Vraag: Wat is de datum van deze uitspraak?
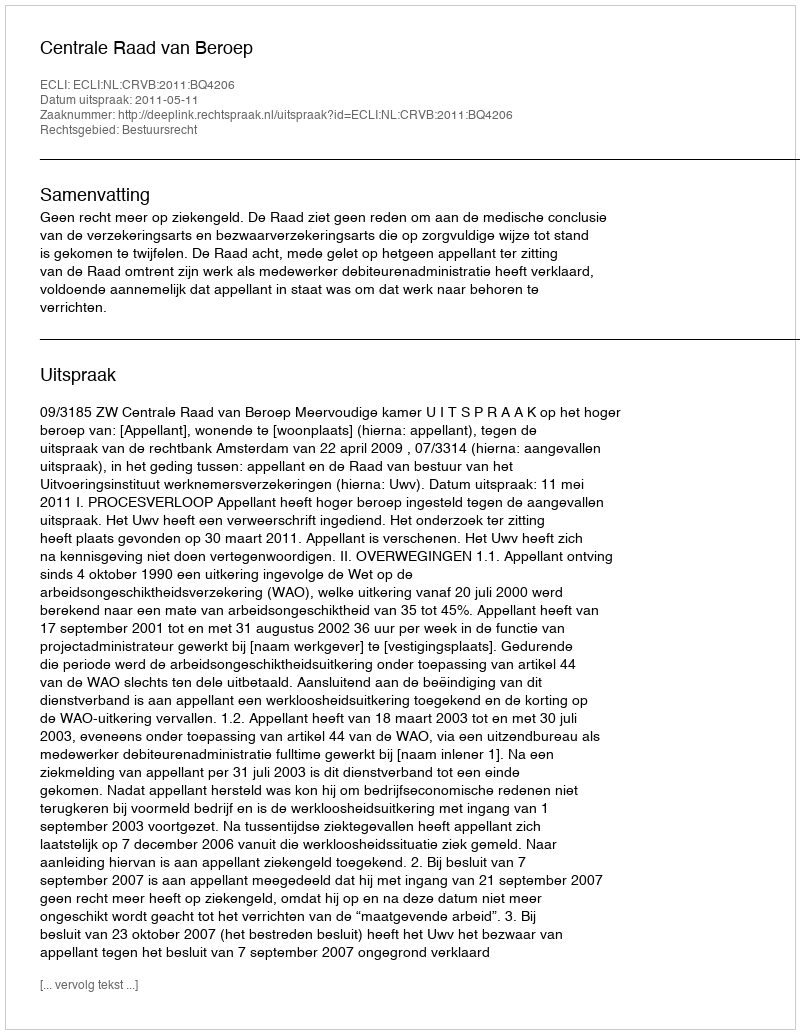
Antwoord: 2011-05-11